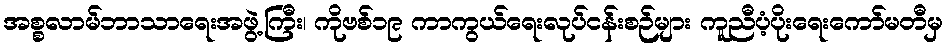
အစ္စလာမ်ဘာသာရေးအဖွဲ့ကြီး၊ ကိုဗစ်၁၉ ကာကွယ်ရေးလုပ်ငန်းစဉ်များ ကူညီပံ့ပိုးရေးကော်မတီမှ